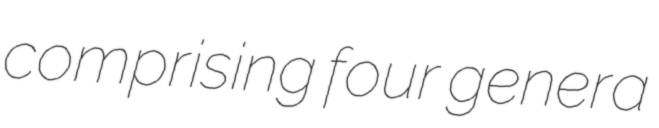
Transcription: comprising four genera